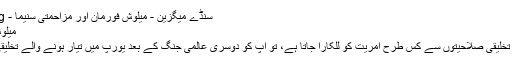
سنڈے میگزین - میلوش فورمان اور مزاحمتی سنیما - Magazine | Daily Jang
میلوش فورمان اور مزاحمتی سنیما
اگر آپ یہ جاننا چاہتے ہیں کہ تخلیقی صلاحیتوں سے کس طرح آمریت کو للکارا جاتا ہے، تو آپ کو دوسری عالمی جنگ کے بعد یورپ میں تیار ہونے والے تخلیقی شہ پاروں کو دیکھنا چاہیے۔